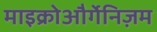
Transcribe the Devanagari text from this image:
माइक्रोऔर्गेनिज़म